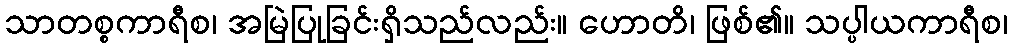
သာတစ္စကာရီစ၊ အမြဲပြုခြင်းရှိသည်လည်း။ ဟောတိ၊ ဖြစ်၏။ သပ္ပါယကာရီစ၊